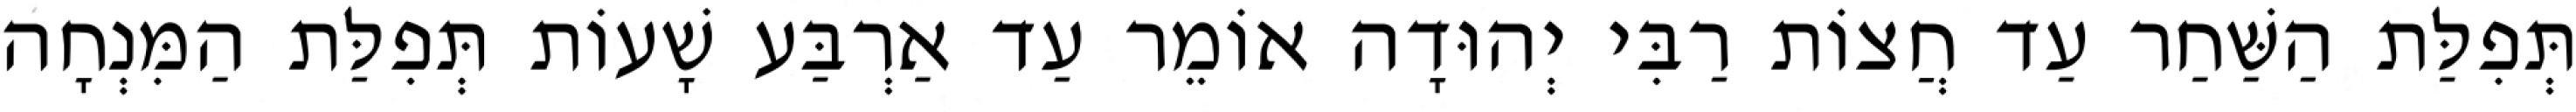
תְּפִלַּת הַשַּׁחַר עַד חֲצוֹת רַבִּי יְהוּדָה אוֹמֵר עַד אַרְבַּע שָׁעוֹת תְּפִלַּת הַמִּנְחָה